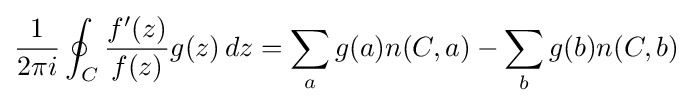
{\frac {1}{2\pi i}}\oint _{C}{f'(z) \over f(z)}g(z)\,dz=\sum _{a}g(a)n(C,a)-\sum _{b}g(b)n(C,b)